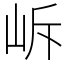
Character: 𡶜